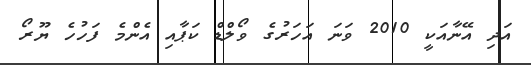
އަދި އޭނާއަކީ 2010 ވަނަ އަހަރުގެ ވޯލްޑް ކަޕާއި އެންމެ ފަހުހެ ޔޫރޯ